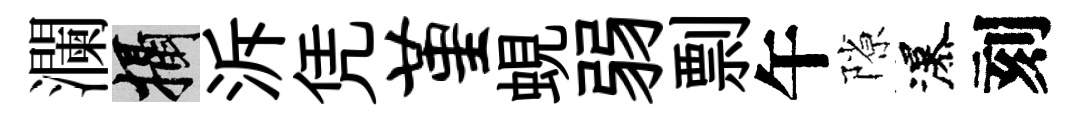
瀾攝泝凭堇蜆弱剽午隙瀑刻